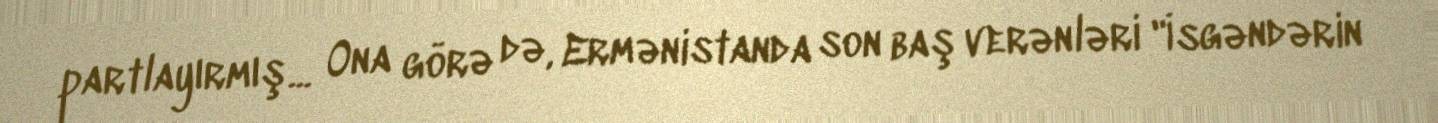
partlayırmış... Ona görə də, Ermənistanda son baş verənləri "İsgəndərin